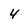
Character: 4